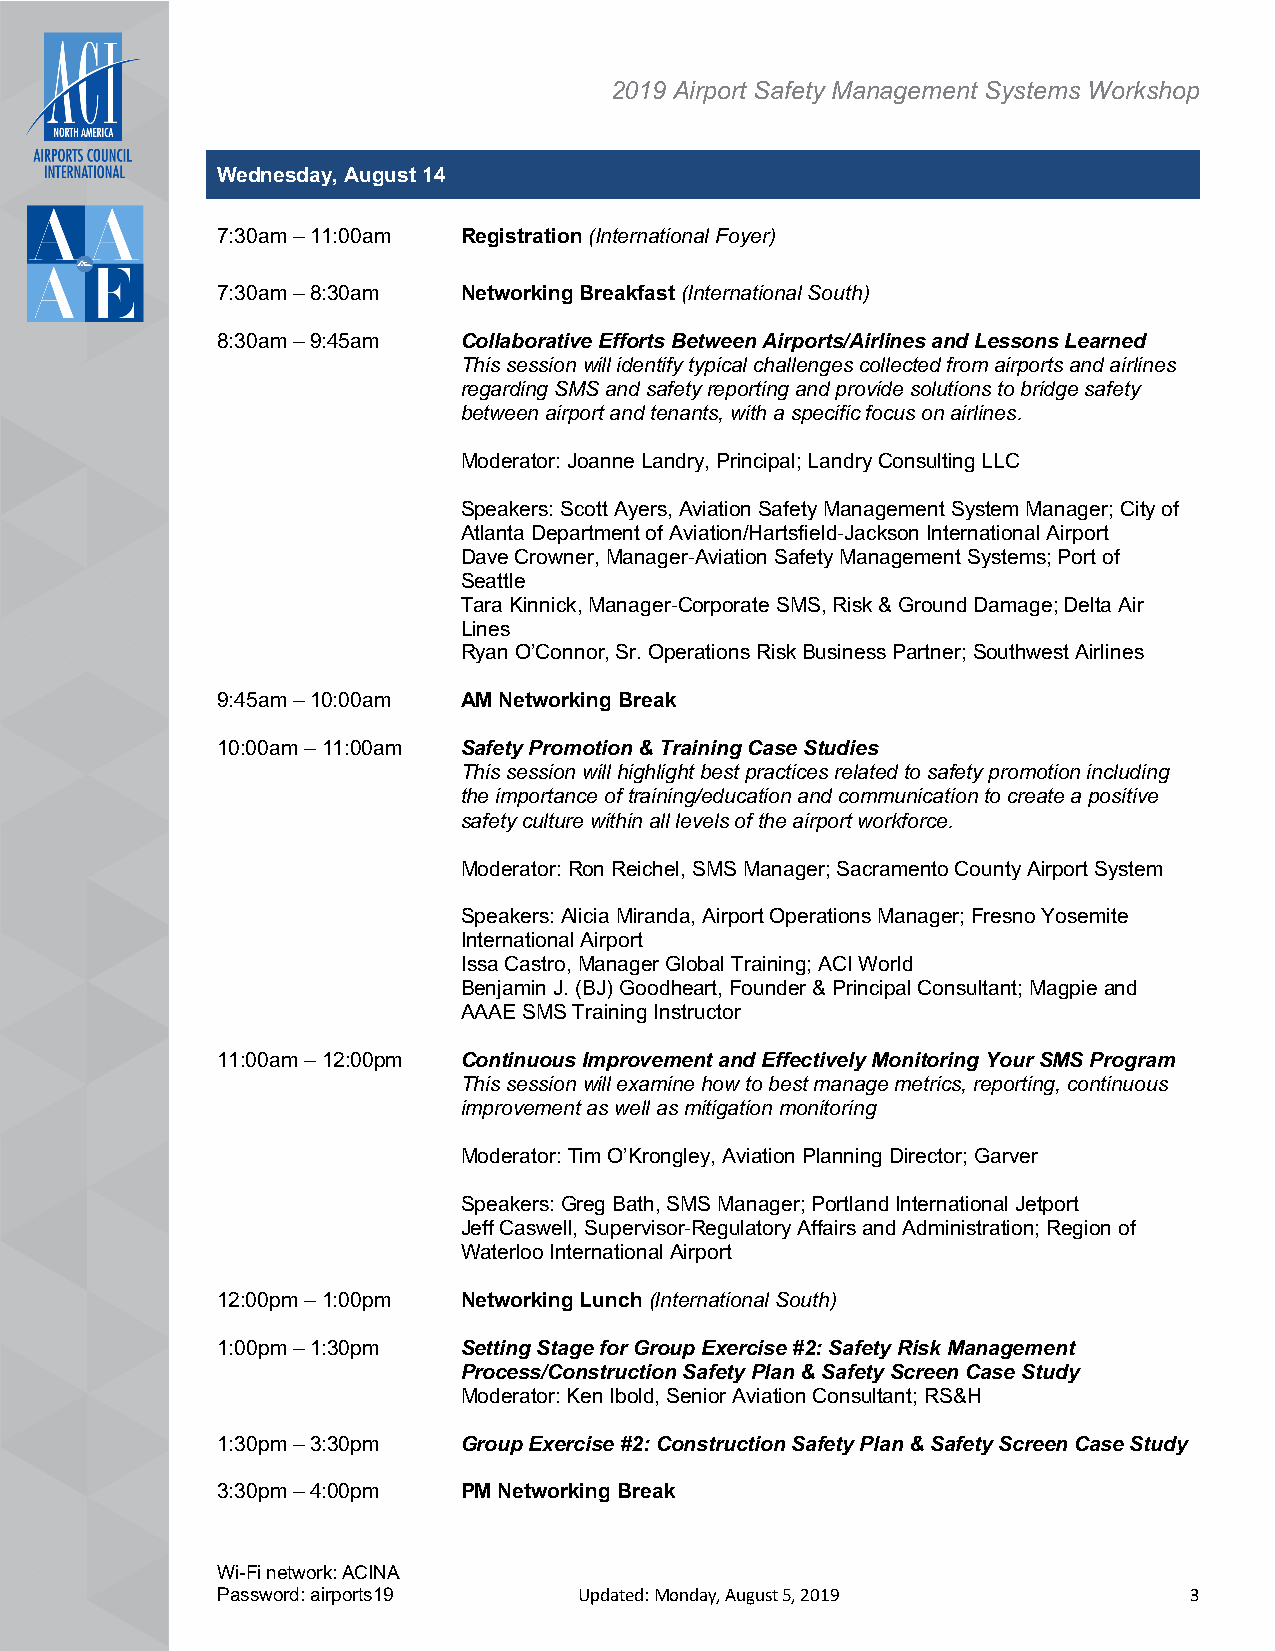
2019 Airport Safety Management Systems Workshop
 Wednesday, August 14
 7:30am – 11:00am Registration (International Foyer)
 7:30am – 8:30am  Networking Breakfast (International South)
 8:30am – 9:45am  Collaborative Efforts Between Airports/Airlines and Lessons Learned
 This session will identify typical challenges collected from airports and airlines
 regarding SMS and safety reporting and provide solutions to bridge safety
 between airport and tenants, with a specific focus on airlines.
 Moderator: Joanne Landry, Principal; Landry Consulting LLC
 Speakers: Scott Ayers, Aviation Safety Management System Manager; City of
 Atlanta Department of Aviation/Hartsfield-Jackson International Airport
 Dave Crowner, Manager-Aviation Safety Management Systems; Port of
 Seattle
 Tara Kinnick, Manager-Corporate SMS, Risk & Ground Damage; Delta Air
 Lines
 Ryan O’Connor, Sr. Operations Risk Business Partner; Southwest Airlines
 9:45am – 10:00am AM Networking Break
 10:00am – 11:00am Safety Promotion & Training Case Studies
 This session will highlight best practices related to safety promotion including
 the importance of training/education and communication to create a positive
 safety culture within all levels of the airport workforce.
 Moderator: Ron Reichel, SMS Manager; Sacramento County Airport System
 Speakers: Alicia Miranda, Airport Operations Manager; Fresno Yosemite
 International Airport
 Issa Castro, Manager Global Training; ACI World
 Benjamin J. (BJ) Goodheart, Founder & Principal Consultant; Magpie and
 AAAE SMS Training Instructor
 11:00am – 12:00pm Continuous Improvement and Effectively Monitoring Your SMS Program
 This session will examine how to best manage metrics, reporting, continuous
 improvement as well as mitigation monitoring
 Moderator: Tim O’Krongley, Aviation Planning Director; Garver
 Speakers: Greg Bath, SMS Manager; Portland International Jetport
 Jeff Caswell, Supervisor-Regulatory Affairs and Administration; Region of
 Waterloo International Airport
 12:00pm – 1:00pm Networking Lunch (International South)
 1:00pm – 1:30pm  Setting Stage for Group Exercise #2: Safety Risk Management
 Process/Construction Safety Plan & Safety Screen Case Study
 Moderator: Ken Ibold, Senior Aviation Consultant; RS&H
 1:30pm – 3:30pm  Group Exercise #2: Construction Safety Plan & Safety Screen Case Study
 3:30pm – 4:00pm  PM Networking Break
 Wi-Fi network: ACINA
 Password: airports19    Updated: Monday, August 5, 2019          3